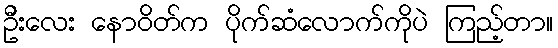
ဦးလေး နောဝိတ်က ပိုက်ဆံလောက်ကိုပဲ ကြည့်တာ။